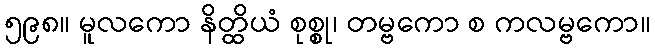
၅၉၈။ မူလကော နိတ္ထိယံ စုစ္စု၊ တမ္ဗကော စ ကလမ္ဗကော။